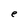
Character: e